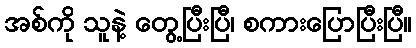
အစ်ကို သူနဲ့ တွေ့ပြီးပြီ၊ စကားပြောပြီးပြီ။